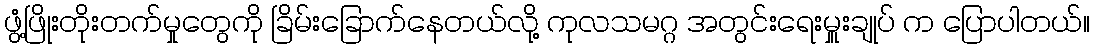
ဖွံ့ဖြိုးတိုးတက်မှုတွေကို ခြိမ်းခြောက်နေတယ်လို့ ကုလသမဂ္ဂ အတွင်းရေးမှူးချုပ် က ပြောပါတယ်။